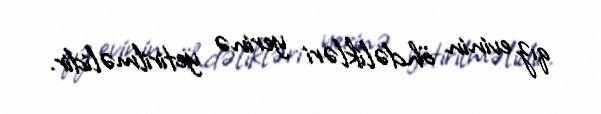
qız evinin öhdəlikləri yerinə yetirilməlidir.